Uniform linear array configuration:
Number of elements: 4
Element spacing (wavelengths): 0.25
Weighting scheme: kaiser
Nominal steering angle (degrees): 0
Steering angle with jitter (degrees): -1.624
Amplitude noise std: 0.05
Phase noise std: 0.05

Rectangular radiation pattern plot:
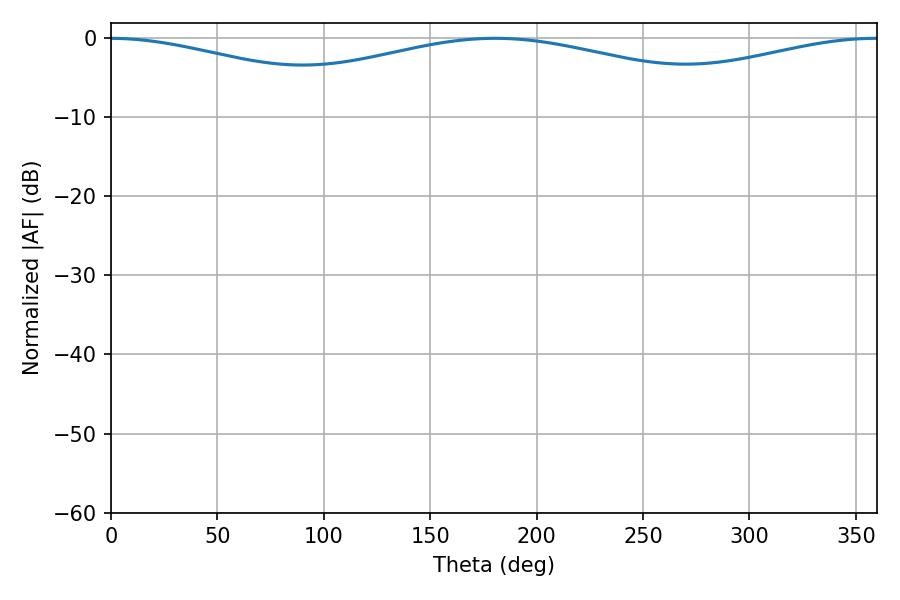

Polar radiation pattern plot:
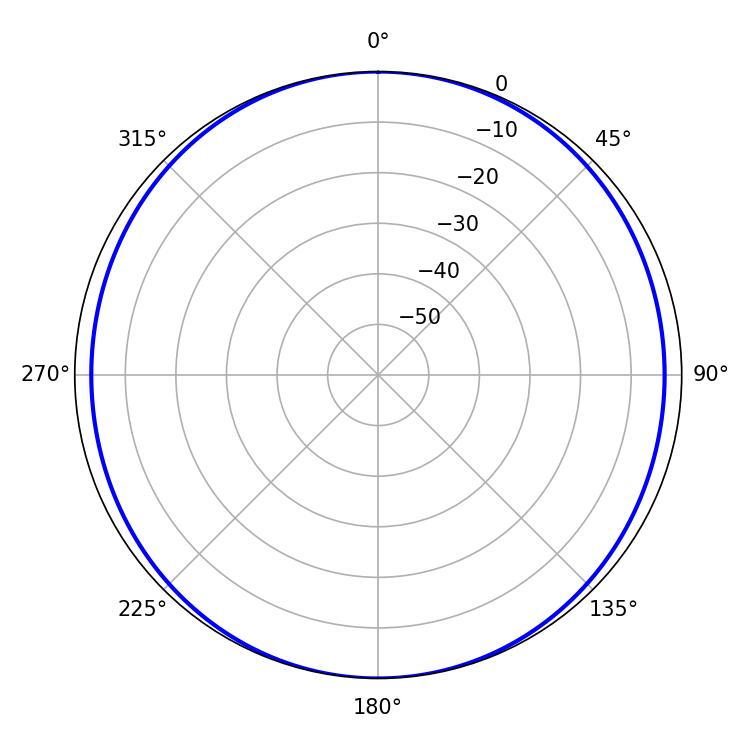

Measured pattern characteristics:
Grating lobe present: FALSE
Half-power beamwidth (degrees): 145.62
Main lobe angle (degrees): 180.54